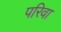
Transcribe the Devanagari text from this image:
परिवा